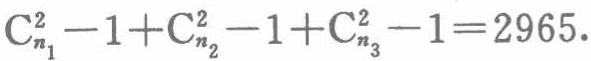
\(C_{n_1}^{2}-1 + C_{n_2}^{2}-1 + C_{n_3}^{2}-1 = 2965\)